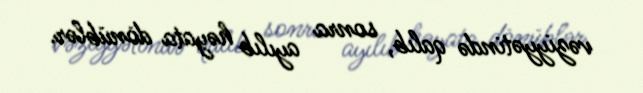
vəziyyətində qalıb, sonra ayılıb həyata dönüblər.